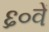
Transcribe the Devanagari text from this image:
६०वें